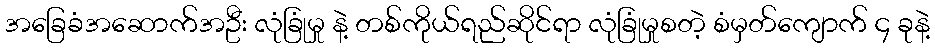
အခြေခံအဆောက်အဦး လုံခြုံမှု နဲ့ တစ်ကိုယ်ရည်ဆိုင်ရာ လုံခြုံမှုစတဲ့ စံမှတ်ကျောက် ၄ ခုနဲ့